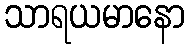
သာရယမာနော